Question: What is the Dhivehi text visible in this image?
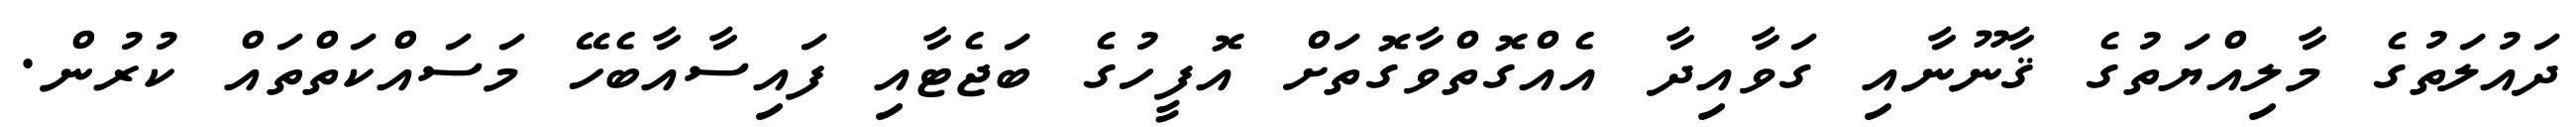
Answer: ދައުލަތުގެ މާލިއްޔަތުގެ ޤާނޫނާއި ގަވާއިދާ އެއްގޮތްވާގޮތަށް އޮފީހުގެ ބަޖެޓާއި ފައިސާއާބެހޭ މަސައްކަތްތައް ކުރުން.